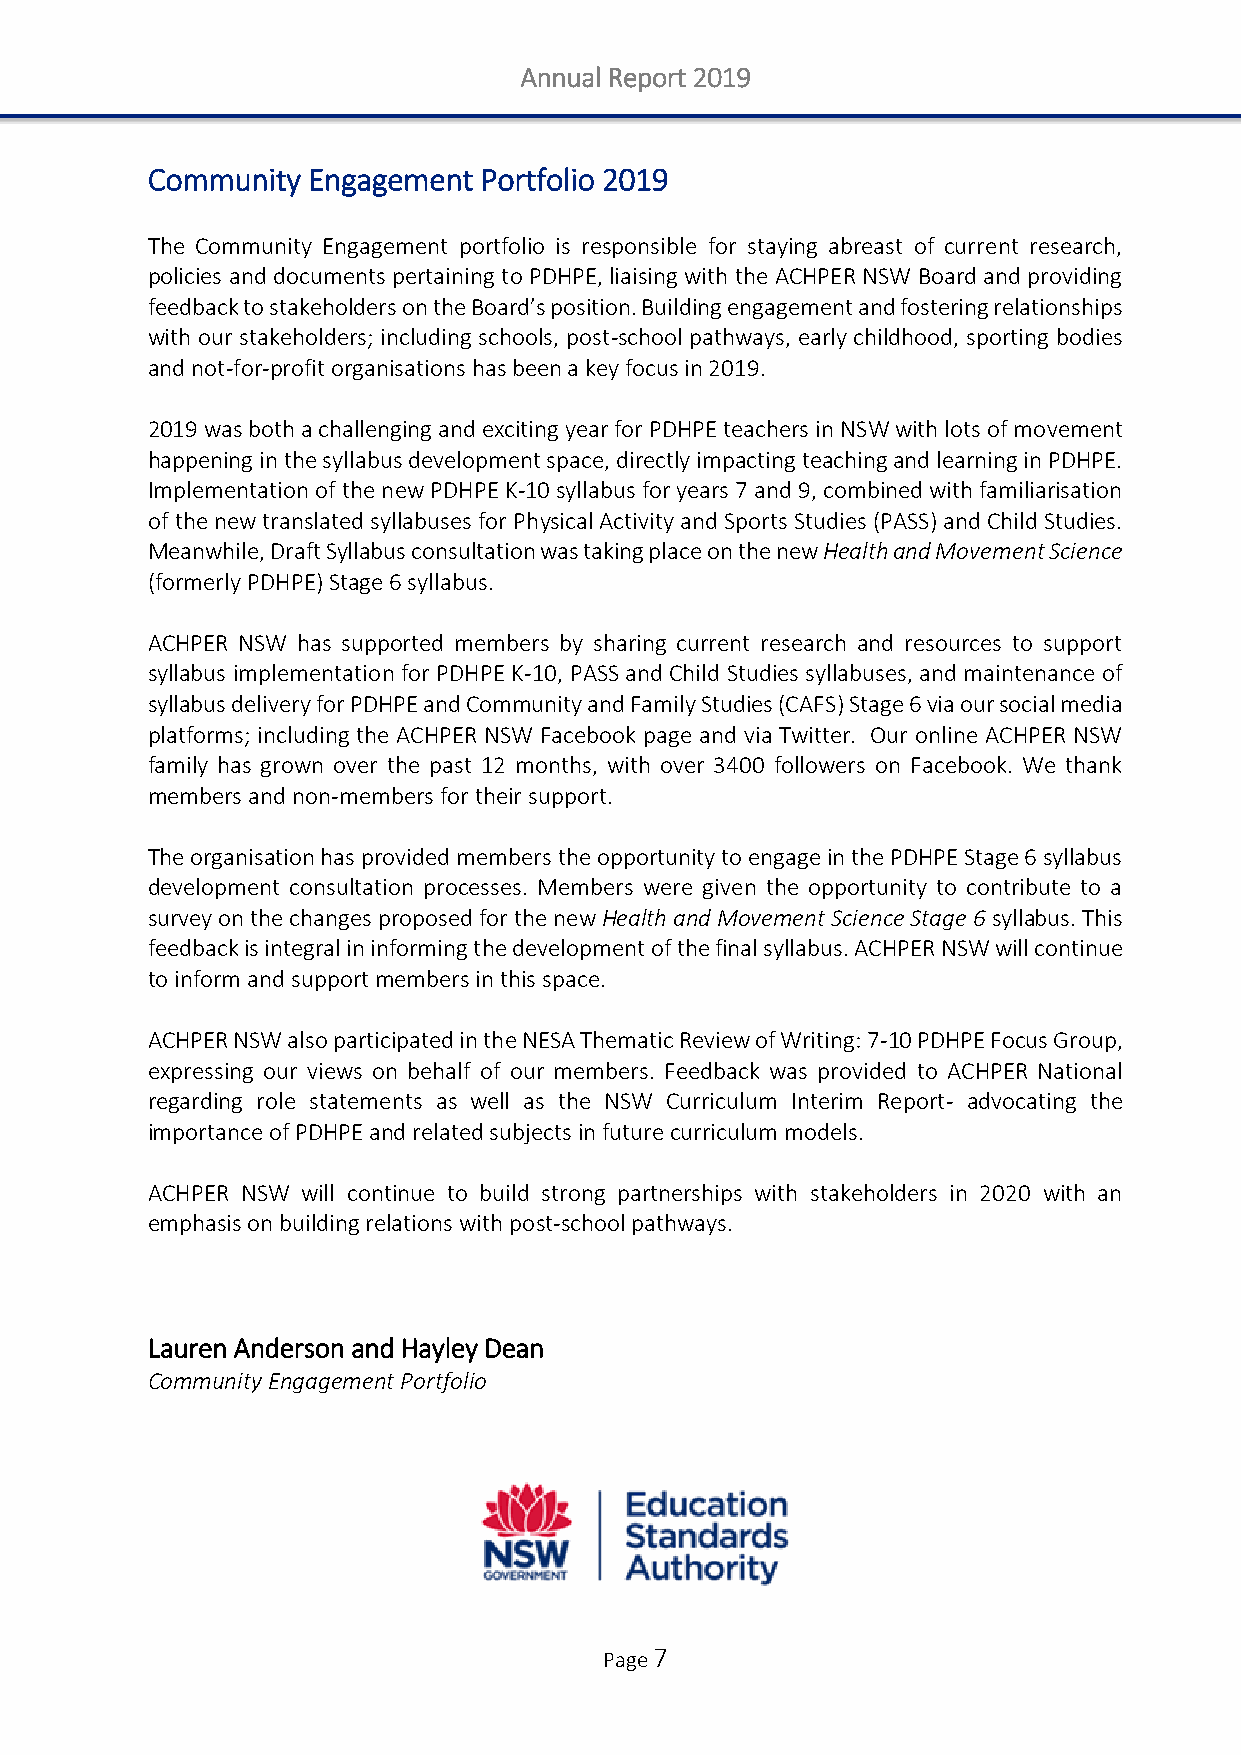
Annual Report 2019
 Community Engagement  Portfolio 2019
 The Community Engagement portfolio is responsible for staying abreast of current research,
 policies and documents pertaining to PDHPE, liaising with the ACHPER NSW Board and providing
 feedback to stakeholders on the Board’s position. Building engagement and fostering relationships
 with our stakeholders; including schools, post-school pathways, early childhood, sporting bodies
 and not-for-profit organisations has been a key focus in 2019.
 2019 was both a challenging and exciting year for PDHPE teachers in NSW with lots of movement
 happening in the syllabus development space, directly impacting teaching and learning in PDHPE.
 Implementation of the new PDHPE K-10 syllabus for years 7 and 9, combined with familiarisation
 of the new translated syllabuses for Physical Activity and Sports Studies (PASS) and Child Studies.
 Meanwhile, Draft Syllabus consultation was taking place on the new Health and Movement Science
 (formerly PDHPE) Stage 6 syllabus.
 ACHPER NSW has supported members by sharing current research and resources to support
 syllabus implementation for PDHPE K-10, PASS and Child Studies syllabuses, and maintenance of
 syllabus delivery for PDHPE and Community and Family Studies (CAFS) Stage 6 via our social media
 platforms; including the ACHPER NSW Facebook page and via Twitter. Our online ACHPER NSW
 family has grown over the past 12 months, with over 3400 followers on Facebook. We thank
 members and non-members for their support.
 The organisation has provided members the opportunity to engage in the PDHPE Stage 6 syllabus
 development consultation processes. Members were given the opportunity to contribute to a
 survey on the changes proposed for the new Health and Movement Science Stage 6 syllabus. This
 feedback is integral in informing the development of the final syllabus. ACHPER NSW will continue
 to inform and support members in this space.
 ACHPER NSW also participated in the NESA Thematic Review of Writing: 7-10 PDHPE Focus Group,
 expressing our views on behalf of our members. Feedback was provided to ACHPER National
 regarding role statements as well as the NSW Curriculum Interim Report- advocating the
 importance of PDHPE and related subjects in future curriculum models.
 ACHPER NSW will continue to build strong partnerships with stakeholders in 2020 with an
 emphasis on building relations with post-school pathways.
 Lauren Anderson and Hayley Dean
 Community Engagement Portfolio
 Page 7